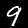
Label: 9